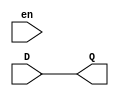
//D Flip Flop
module d_register (D, en, Q);
	input D, en;
	output Q;
	reg Q;
	
	always @(D)
		Q <= D;
		
endmodule